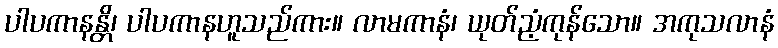
ပါပကာနန္တိ၊ ပါပကာနဟူသည်ကား။ လာမကာနံ၊ ယုတ်ညံ့ကုန်သော။ အကုသလာနံ